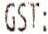
GST: